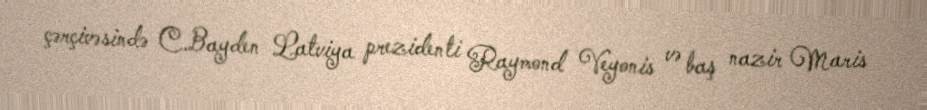
çərçivəsində C.Bayden Latviya prezidenti Raymond Veyonis və baş nazir Maris